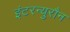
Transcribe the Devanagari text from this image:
इंटरन्युरौन